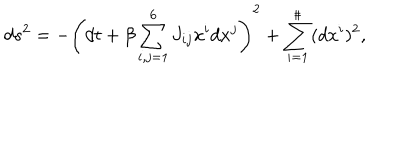
d s ^ { 2 } = - \left( d t + \beta \sum _ { i , j = 1 } ^ { 6 } J _ { i j } x ^ { i } d x ^ { j } \right) ^ { 2 } + \sum _ { i = 1 } ^ { \sharp } ( d x ^ { i } ) ^ { 2 } ,